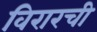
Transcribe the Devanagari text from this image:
विरारची